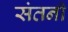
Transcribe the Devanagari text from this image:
संतनी